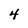
Character: 4